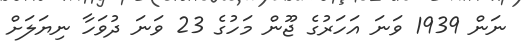
ނަން 1939 ވަނަ އަހަރުގެ ޖޫން މަހުގެ 23 ވަނަ ދުވަހާ ނިޔަލަށް